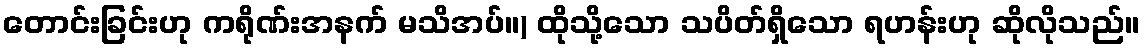
တောင်းခြင်းဟု ကရိုဏ်းအနက် မသိအပ်။) ထိုသို့သော သပိတ်ရှိသော ရဟန်းဟု ဆိုလိုသည်။